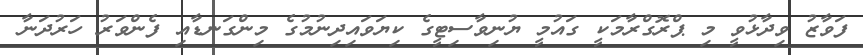
ފަވާޒު ވިދާޅުވީ މި ޕްރޮގްރާމަކީ ގައުމީ ޔުނިވާސިޓީގެ ކިޔަވައިދިނުމުގެ މިންގަނޑާއި ފެންވަރު ހަރުދަނާ